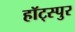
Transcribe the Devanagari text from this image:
हॉट्स्पुर